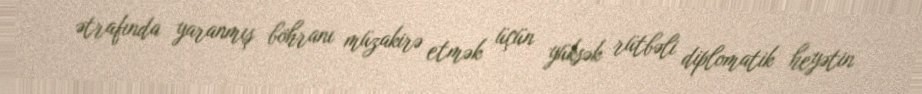
ətrafında yaranmış böhranı müzakirə etmək üçün yüksək rütbəli diplomatik heyətin